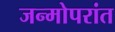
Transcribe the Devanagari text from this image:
जन्मोपरांत